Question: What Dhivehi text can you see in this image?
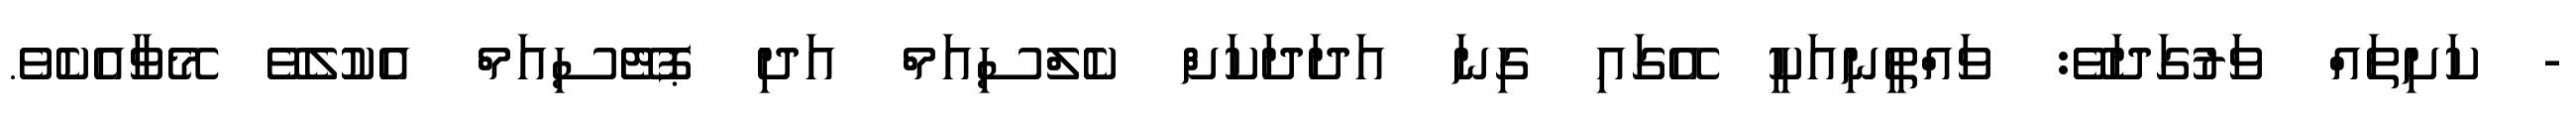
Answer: - ކަށިތައް ވަރުގަދަވޭ: ވައްތީނިއަކީ އޭގައި ގިނަ އަދަދަކަށް ކެލްސިއަމް އަދި ޕޮޓޭސިއަމް އެކުލެވޭ މޭވާއެކެވެ.